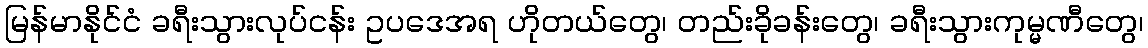
မြန်မာနိုင်ငံ ခရီးသွားလုပ်ငန်း ဥပဒေအရ ဟိုတယ်တွေ၊ တည်းခိုခန်းတွေ၊ ခရီးသွားကုမ္မဏီတွေ၊